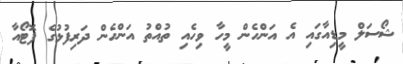
ޝޯސަލް މީޑިއާގައި އެ އަންހެން މީހާ ވިހެއި ތުއްތު އަންހެން ދަރިފުޅުގެ ފޮޓޯއާ